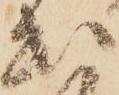
出